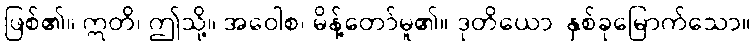
ဖြစ်၏။ ဣတိ၊ ဤသို့။ အဝေါစ၊ မိန့်တော်မူ၏။ ဒုတိယော၊ နှစ်ခုမြောက်သော။